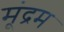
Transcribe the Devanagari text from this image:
मूंद्रम